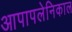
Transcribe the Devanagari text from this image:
आपापलेनिकाल